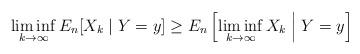
LaTeX: \begin{align*} \liminf_{k\to \infty} E_n[X_k \mid Y=y] \ge E_n\left[ \liminf_{k\to \infty} X_k \;\middle|\; Y=y \right]\end{align*}